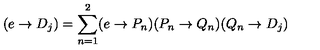
( e \rightarrow D _ { j } ) = \sum _ { n = 1 } ^ { 2 } ( e \rightarrow P _ { n } ) ( P _ { n } \rightarrow Q _ { n } ) ( Q _ { n } \rightarrow D _ { j } )